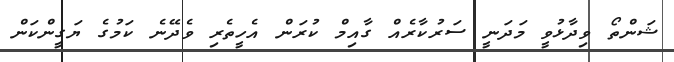
ޝަންތޯ ވިދާޅުވީ މަދަނީ ސަރުކާރެއް ގާއިމް ކުރަން އެހީތެރި ވެދޭނެ ކަމުގެ ޔަގީންކަން